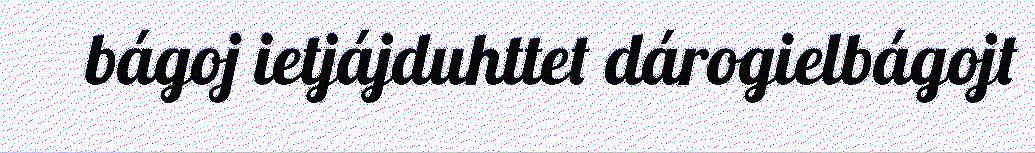
bágoj ietjájduhttet dárogielbágojt